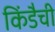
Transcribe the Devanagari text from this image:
किंडैची